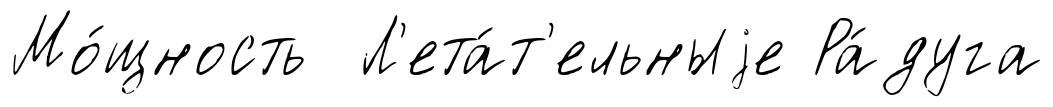
Мо́щность Л'ета́т'ельныjе Ра́дуга